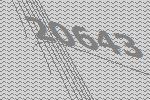
20643